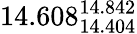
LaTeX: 14.608_{14.404}^{14.842}